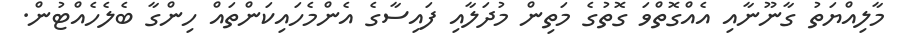
މާލިއްޔަތު ގާނޫނާއި އެއްގޮތްވަ ގޮތުގެ މަތިން މުދަލާއި ފައިސާގެ އެންމެހައިކަންތައް ހިންގާ ބެލެހެއްޓުން.